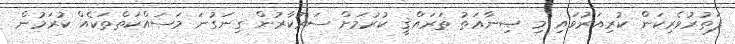
ފަތުރުވެރިކަން ކުރިއަރުވައި މި ޞިނާޢަތު ތަރައްޤީ ކުރުމަށް ސަރުކާރުން ގިނަގުނަ މަސައްކަތްތަކެއް ކުރަމުން